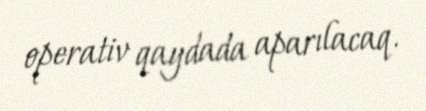
operativ qaydada aparılacaq.